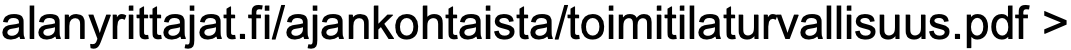
alanyrittajat.fi/ajankohtaista/toimitilaturvallisuus.pdf >